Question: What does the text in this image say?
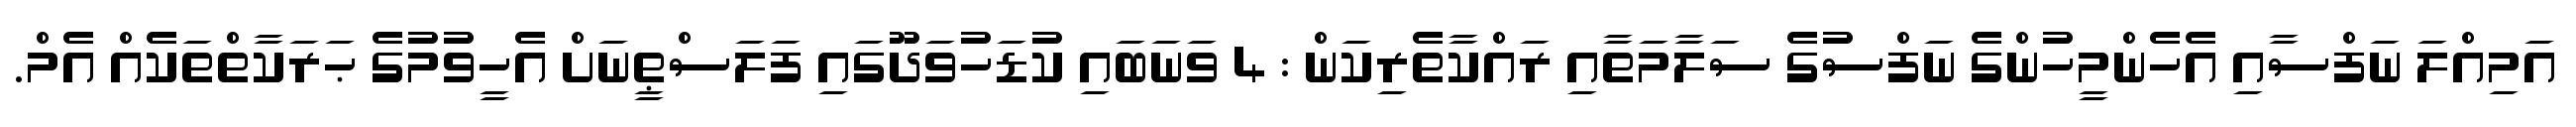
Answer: އަމިއްލަ ނަފްސާއި އެހެންމީހުންގެ ނަފްސުގެ ސަލާމަތާއި ރައްކާތެރިކަން : 4 ވަނަބައި ކުޑަހުވަދޫގައި ފަލަސްޠީނަށް އެހީވުމުގެ ޙަރަކާތްތަކެއް އެމް.